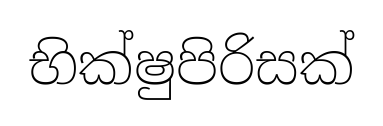
භික්ෂුපිරිසක්